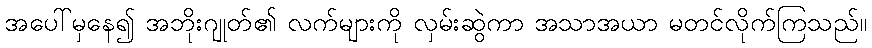
အပေါ်မှနေ၍ အဘိုးဂျုတ်၏ လက်များကို လှမ်းဆွဲကာ အသာအယာ မတင်လိုက်ကြသည်။